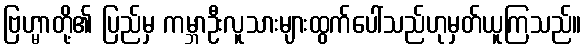
ဗြဟ္မာတို့၏ ပြည်မှ ကမ္ဘာဦးလူသားများထွက်ပေါ်သည်ဟုမှတ်ယူကြသည်။